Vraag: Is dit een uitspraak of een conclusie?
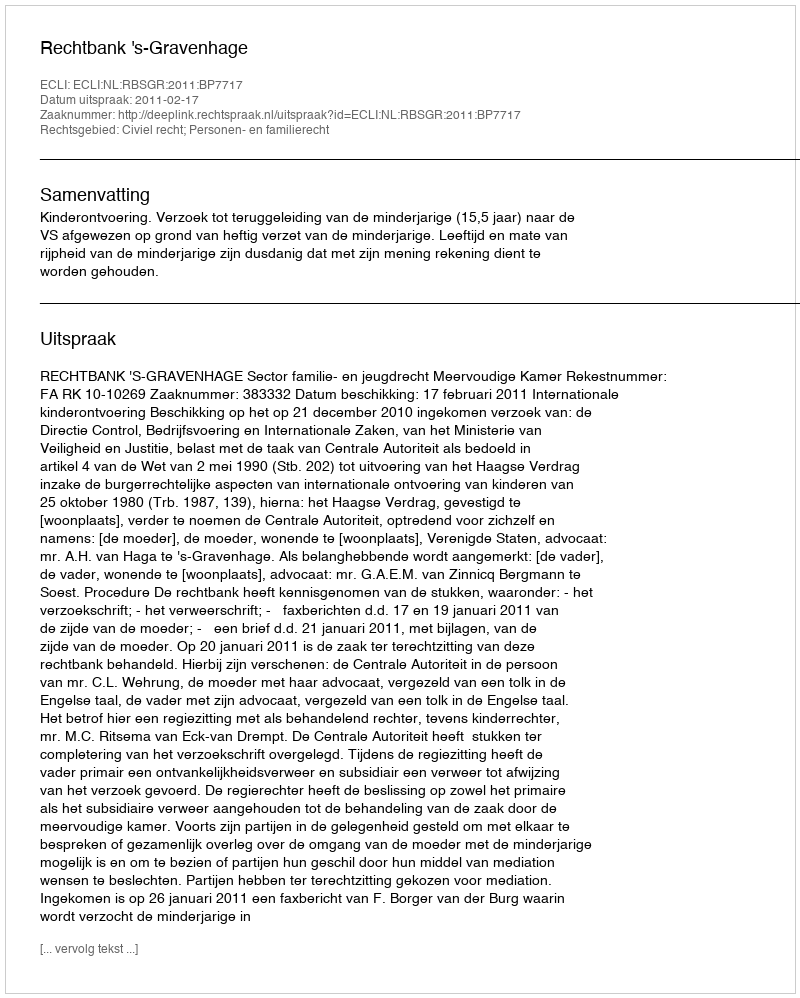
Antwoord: Uitspraak